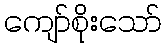
ကျော်စိုးသော်